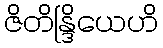
ဇိတိန္ဒြိယေဟိ